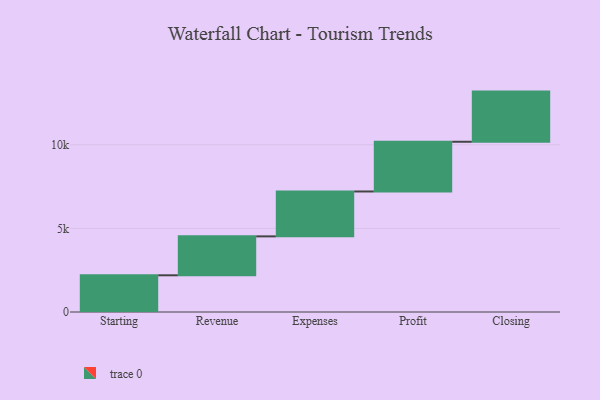
{"axis": {"x": "Step", "y": "Value"}, "legend": [""], "data": [{"x": "Starting", "y": 2196.0, "type": ""}, {"x": "Revenue", "y": 2328.0, "type": ""}, {"x": "Expenses", "y": 2685.0, "type": ""}, {"x": "Profit", "y": 2974.0, "type": ""}, {"x": "Closing", "y": 3000, "type": ""}]}